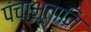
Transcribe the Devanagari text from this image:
पंचाभूतानि